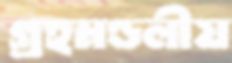
গ্রহমণ্ডলীয়